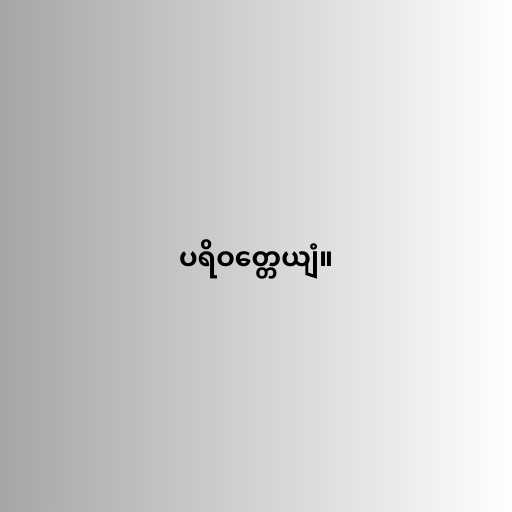
ပရိဝတ္တေယျံ။